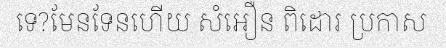
ទេ?មែនទែនហើយ សំអឿន ពិដោរ ប្រកាស